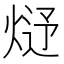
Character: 𤊂